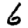
Digit: 6